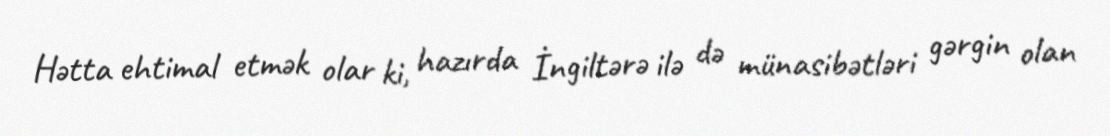
Hətta ehtimal etmək olar ki, hazırda İngiltərə ilə də münasibətləri gərgin olan